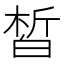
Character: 皙